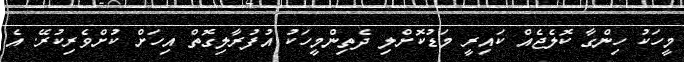
މީހަކު ހިންގާ ކޮލެޖެއް ކައިރީ މަޑުކޮށްލި ދެތިންމީހަކު އުފުރާލިގޮތް އިހަށް ކުށްވެރިކުރޭ. އެ